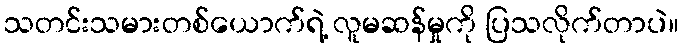
သတင်းသမားတစ်ယောက်ရဲ့ လူမဆန်မှုကို ပြသလိုက်တာပဲ။